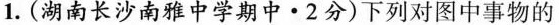
1.(湖南长沙南雅中学期中·2分)下列对图中事物的